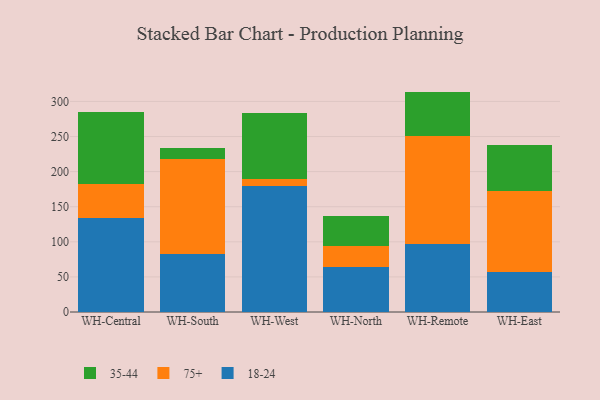
{"axis": {"x": "Warehouse", "y": "Temperature (°C)"}, "legend": ["18-24", "35-44", "75+"], "data": [{"x": "WH-Central", "y": 133.5, "type": "18-24"}, {"x": "WH-Central", "y": 49.4, "type": "75+"}, {"x": "WH-Central", "y": 102.1, "type": "35-44"}, {"x": "WH-South", "y": 82.2, "type": "18-24"}, {"x": "WH-South", "y": 135.6, "type": "75+"}, {"x": "WH-South", "y": 15.3, "type": "35-44"}, {"x": "WH-West", "y": 179.6, "type": "18-24"}, {"x": "WH-West", "y": 9.7, "type": "75+"}, {"x": "WH-West", "y": 94.4, "type": "35-44"}, {"x": "WH-North", "y": 64.8, "type": "18-24"}, {"x": "WH-North", "y": 29.6, "type": "75+"}, {"x": "WH-North", "y": 42.0, "type": "35-44"}, {"x": "WH-Remote", "y": 96.4, "type": "18-24"}, {"x": "WH-Remote", "y": 153.7, "type": "75+"}, {"x": "WH-Remote", "y": 63.9, "type": "35-44"}, {"x": "WH-East", "y": 57.7, "type": "18-24"}, {"x": "WH-East", "y": 114.3, "type": "75+"}, {"x": "WH-East", "y": 65.5, "type": "35-44"}]}